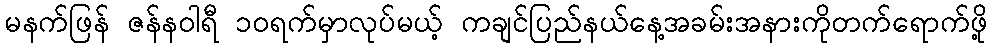
မနက်ဖြန် ဇန်နဝါရီ ၁၀ရက်မှာလုပ်မယ့် ကချင်ပြည်နယ်နေ့အခမ်းအနားကိုတက်ရောက်ဖို့